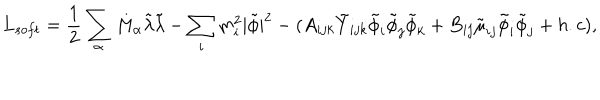
LaTeX: L _ { s o f t } = \frac { 1 } { 2 } \sum _ { \alpha } M _ { \alpha } { \tilde { \lambda } } { \tilde { \lambda } } - \sum _ { i } m _ { i } ^ { 2 } | { \tilde { \phi } } | ^ { 2 } - ( A _ { i j k } { \tilde { Y } } _ { i j k } { \tilde { \phi } } _ { i } { \tilde { \phi } } _ { j } { \tilde { \phi } } _ { k } + B _ { i j } { \tilde { \mu } } _ { i j } { \tilde { \phi } } _ { i } { \tilde { \phi } } _ { j } + h . c ) ,